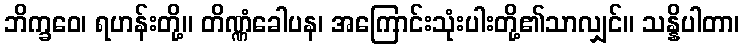
ဘိက္ခဝေ၊ ရဟန်းတို့။ တိဏ္ဏံခေါပန၊ အကြောင်းသုံးပါးတို့၏သာလျှင်။ သန္နိပါတာ၊